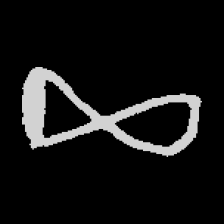
Pyu character \u2014 Myanmar letter: ဆ (romanized: cha)